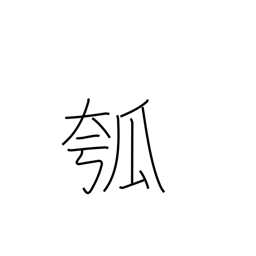
Meaning: gourd